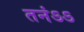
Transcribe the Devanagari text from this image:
तनंऽऽ